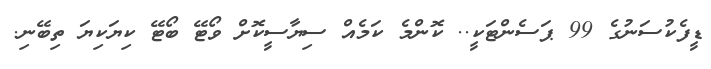
ޑީފެކުސަނުގެ 99 ޕަސެންޓަކީ.. ކޮންމެ ކަމެއް ސިޔާސީކޮށް ވޯޓޭ ބޯޓޭ ކިޔަކިޔަ ތިބޭނި.